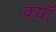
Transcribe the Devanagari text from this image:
क्यॉ